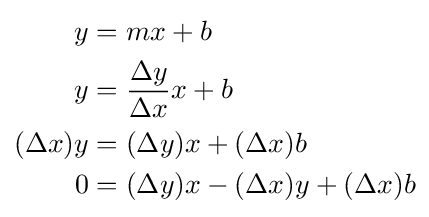
{\begin{aligned}y&=mx+b\\y&={\frac {\Delta y}{\Delta x}}x+b\\(\Delta x)y&=(\Delta y)x+(\Delta x)b\\0&=(\Delta y)x-(\Delta x)y+(\Delta x)b\end{aligned}}